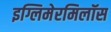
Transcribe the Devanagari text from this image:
इग्लिमेरमिलॉस